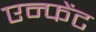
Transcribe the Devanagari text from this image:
एन्फेंट